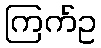
ကြက်ဥ